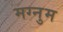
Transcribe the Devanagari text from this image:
मग्नुम